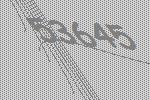
53645